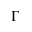
\Gamma